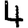
Digit: 4